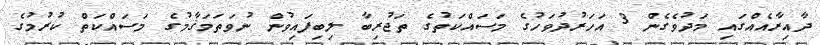
ދާއިރާއެއްގައި މަދުވެގެން 3 އަހަރުދުވަހުގެ މަސައްކަތުގެ ތަޖުރިބާ ލިބިފައިވުން ނުވަތަމަޤާމުގެ މަސައްކަތް ކުރުމުގެ